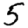
Digit: 5